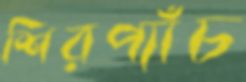
শিরপ্যাঁচ